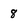
Character: 8